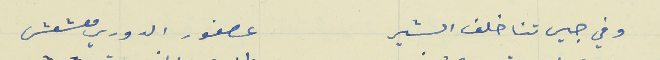
وفي جيرتنا خلف الشير                                      عصفور الدوري معشعش